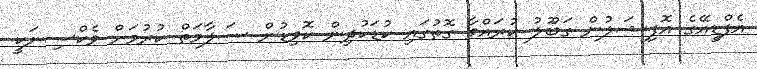
އެފްޑީއޭގެ އޮފިޝަލުން ގަބޫލު ކުރައްވާ ގޮތުގައި ކުޑަކުދިން ކޮވިޑުން ސަލާމަތް ކުރުމަށް ވެކްސިނަކީ